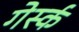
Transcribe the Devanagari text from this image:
गेर्स्क